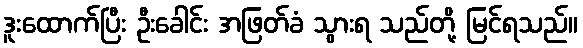
ဒူးထောက်ပြီး ဦးခေါင်း အဖြတ်ခံ သွားရ သည်တို့ မြင်ရသည်။